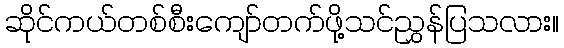
ဆိုင်ကယ်တစ်စီးကျော်တက်ဖို့သင်ညွှန်ပြသလား။